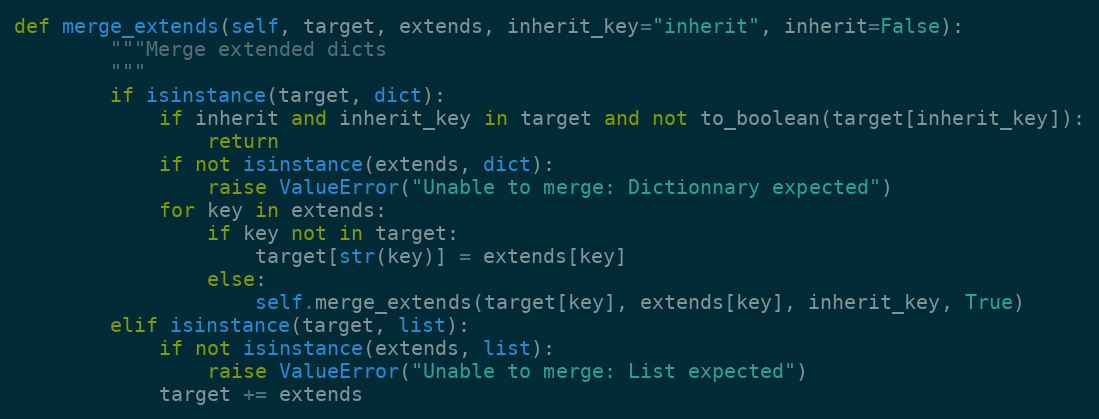
Language: Python
def merge_extends(self, target, extends, inherit_key="inherit", inherit=False):
        """Merge extended dicts
        """
        if isinstance(target, dict):
            if inherit and inherit_key in target and not to_boolean(target[inherit_key]):
                return
            if not isinstance(extends, dict):
                raise ValueError("Unable to merge: Dictionnary expected")
            for key in extends:
                if key not in target:
                    target[str(key)] = extends[key]
                else:
                    self.merge_extends(target[key], extends[key], inherit_key, True)
        elif isinstance(target, list):
            if not isinstance(extends, list):
                raise ValueError("Unable to merge: List expected")
            target += extends